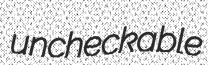
uncheckable